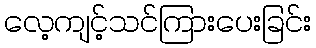
လေ့ကျင့်သင်ကြားပေးခြင်း